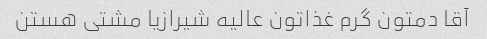
آقا دمتون گرم غذاتون عالیه شیرازیا مشتی هستن